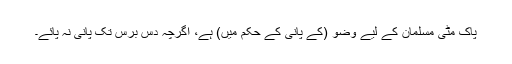
پاک مٹی مسلمان کے لیے وضو (کے پانی کے حکم میں) ہے، اگرچہ دس برس تک پانی نہ پائے۔